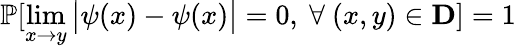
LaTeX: \mathbb{P}[\operatorname*{lim}_{{x}\rightarrow{y}}\big|\psi({x})-{\psi}(x)\big|=0,~\forall~({x},{y})\in\mathbf{D}]=1